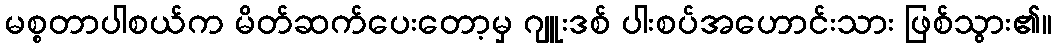
မစ္စတာပါစယ်က မိတ်ဆက်ပေးတော့မှ ဂျူးဒစ် ပါးစပ်အဟောင်းသား ဖြစ်သွား၏။